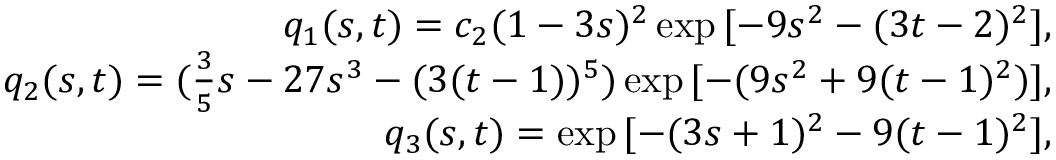
\begin{array} { r l r } & { } & { q _ { 1 } ( s , t ) = c _ { 2 } ( 1 - 3 s ) ^ { 2 } \exp { [ - 9 s ^ { 2 } - ( 3 t - 2 ) ^ { 2 } ] } , } \\ & { } & { q _ { 2 } ( s , t ) = ( \frac { 3 } { 5 } s - 2 7 s ^ { 3 } - ( 3 ( t - 1 ) ) ^ { 5 } ) \exp { [ - ( 9 s ^ { 2 } + 9 ( t - 1 ) ^ { 2 } ) ] } , } \\ & { } & { q _ { 3 } ( s , t ) = \exp { [ - ( 3 s + 1 ) ^ { 2 } - 9 ( t - 1 ) ^ { 2 } ] } , } \end{array}